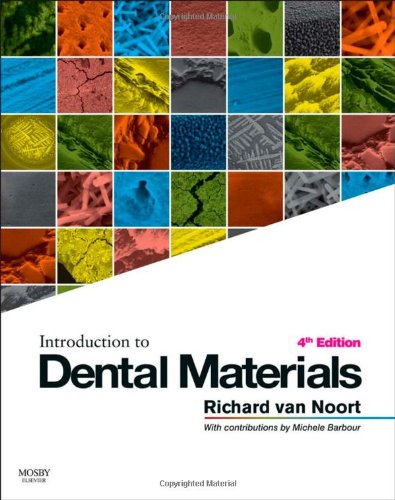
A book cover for Introduction to Dental Materials, 4e; Richard Van Noort BSc  DPhil  DSc  FAD  FRSA; Medical Books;